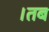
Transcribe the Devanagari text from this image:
।तब